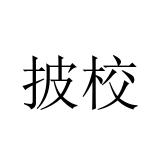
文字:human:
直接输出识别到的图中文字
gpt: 披校